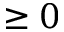
\geq 0